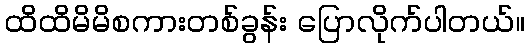
ထိထိမိမိစကားတစ်ခွန်း ပြောလိုက်ပါတယ်။